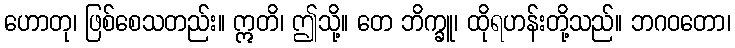
ဟောတု၊ ဖြစ်စေသတည်း။ ဣတိ၊ ဤသို့။ တေ ဘိက္ခူ၊ ထိုရဟန်းတို့သည်။ ဘဂဝတော၊